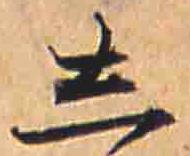
し